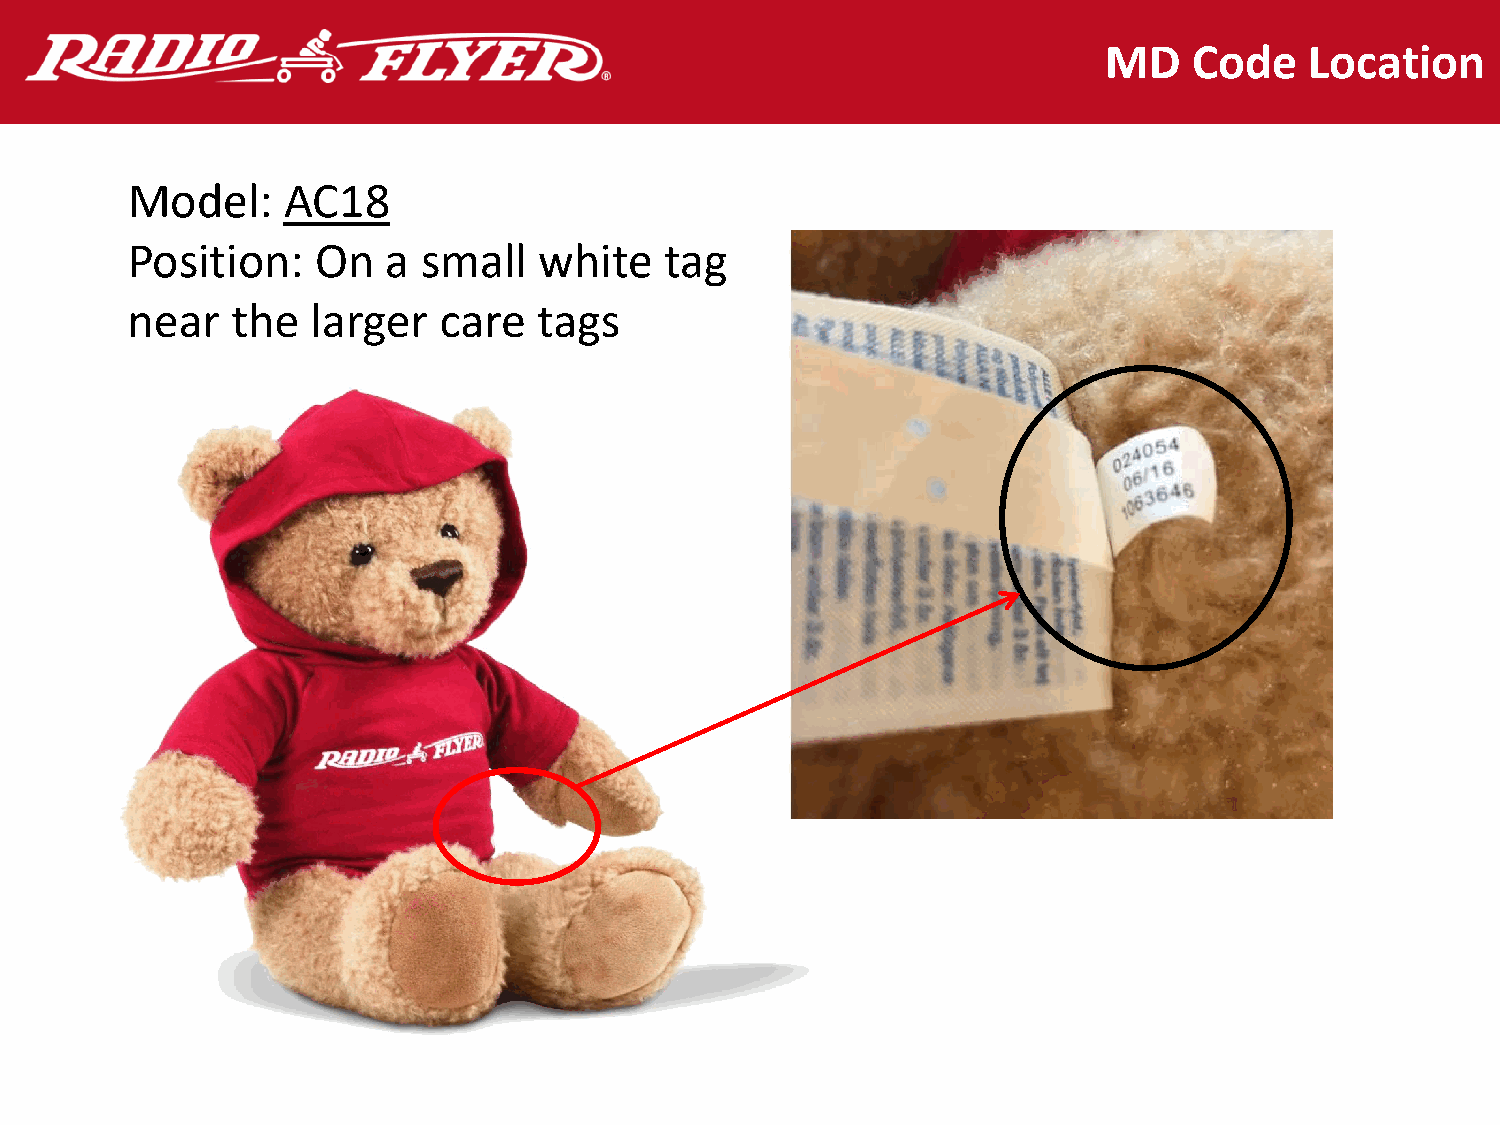
MD    Code    Location
 Model:     AC18
 Position:    On   a small   white   tag
 near   the   larger  care   tags